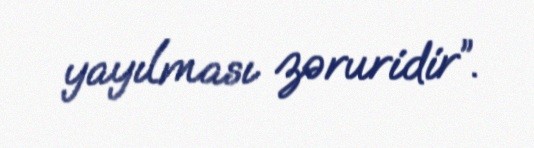
yayılması zəruridir”.